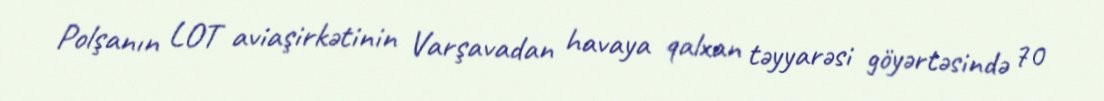
Polşanın LOT aviaşirkətinin Varşavadan havaya qalxan təyyarəsi göyərtəsində 70